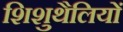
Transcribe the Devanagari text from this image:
शिशुथैलियों